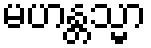
မဟန္တသ္မာ